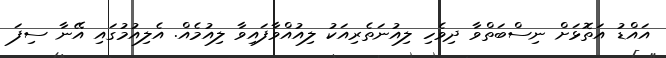
އައްޑު އަތޮޅަށް ނިސްބަތްވާ ދިވެހި ލިއުނަތެރިއަކު ލިއުއްވާފައިވާ ލިއުމެއް. އެލިއުމުގައި އޭނާ ސިފަ